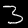
Label: 3